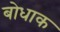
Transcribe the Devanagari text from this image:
बोधाक